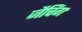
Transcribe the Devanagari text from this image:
जैचिंग